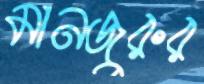
মানজুরুর